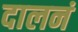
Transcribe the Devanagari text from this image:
दालनं